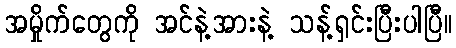
အမှိုက်တွေကို အင်နဲ့အားနဲ့ သန့်ရှင်းပြီးပါပြီ။